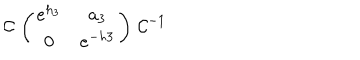
{ \cal C } \, \left( \begin{matrix} { { e ^ { h _ { 3 } } } } & { { a _ { 3 } } } \\ { { 0 } } & { { e ^ { - h 3 } } } \\ \end{matrix} \right) \, { \cal C } ^ { - 1 }